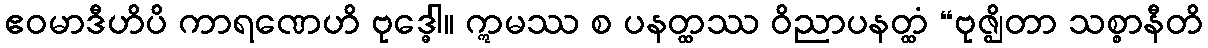
ဧဝမာဒီဟိပိ ကာရဏေဟိ ဗုဒ္ဓေါ။ ဣမဿ စ ပနတ္ထဿ ဝိညာပနတ္ထံ “ဗုဇ္ဈိတာ သစ္စာနီတိ